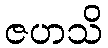
ဇဟသိ